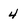
Character: 4